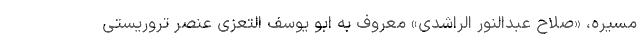
مسیره، «صلاح عبدالنور الراشدی» معروف به ابو یوسف التعزی عنصر تروریستی